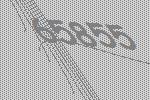
65855